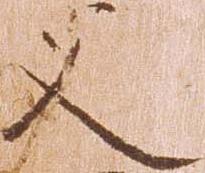
父